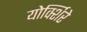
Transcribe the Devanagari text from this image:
योर्क्शिरे